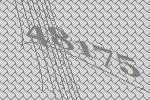
48175